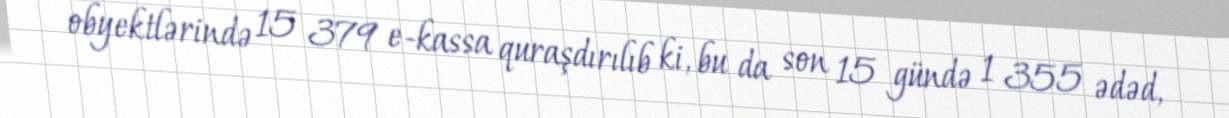
obyektlərində 15 379 e-kassa quraşdırılıb ki, bu da son 15 gündə 1 355 ədəd,